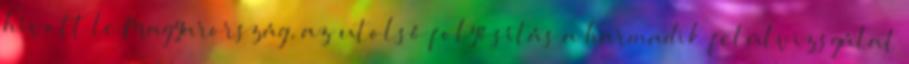
hívott le Magyarország, az utolsó folyósítás a harmadik felülvizsgálat